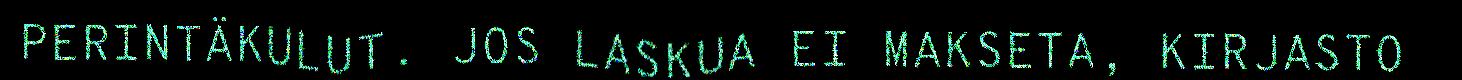
PERINTÄKULUT. JOS LASKUA EI MAKSETA, KIRJASTO